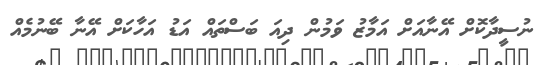
ނުސީދާކޮށް އޭނާއަށް އަމާޒު ވަމުން ދިއަ ބަސްތައް އަޑު އަހާކަށް އޭނާ ބޭނުމެއް